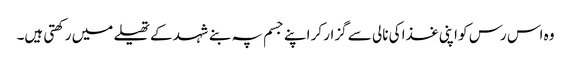
وہ اس رس کو اپنی غذا کی نالی سے گزار کر اپنے جسم پہ بنے شہد کے تھیلے میں رکھتی ہیں۔